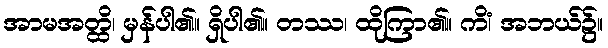
အာမအတ္ထိ၊ မှန်ပါ၏။ ရှိပါ၏။ တဿ၊ ထိုကြာ၏။ ကိံ၊ အဘယ်၌။